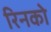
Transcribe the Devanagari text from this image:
रिनको